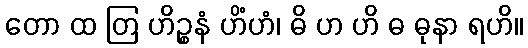
တော ထ တြ ဟိဉ္စနံ ဟိံဟံ၊ ဓိ ဟ ဟိ ဓ ဓုနာ ရဟိ။